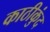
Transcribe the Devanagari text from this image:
काठीकुंद